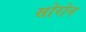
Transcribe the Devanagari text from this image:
सोरोन